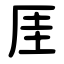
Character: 厓